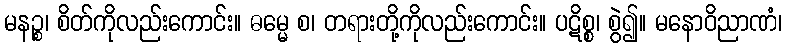
မနဉ္စ၊ စိတ်ကိုလည်းကောင်း။ ဓမ္မေ စ၊ တရားတို့ကိုလည်းကောင်း။ ပဋိစ္စ၊ စွဲ၍။ မနောဝိညာဏံ၊